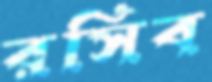
রসিব